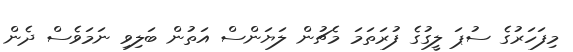
މިފަހަރުގެ ސުޕަ ލީގުގެ ފުރަތަމަ މެޗުން ލަޔަންސް އަތުން ބަލިވި ނަމަވެސް ދެން